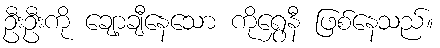
ဦးဦးကို ချော့ချီနေသော ကိုရွှေနီ ဖြစ်နေသည်။